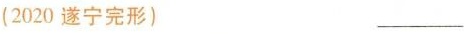
(2020 遂宁完形) ____